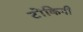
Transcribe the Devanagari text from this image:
टोंकिनी